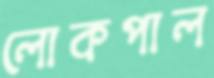
লোকপাল